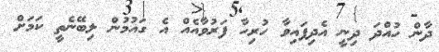
ދާން ހުއްދަ ދިނީ އެދިފައިވާ ހުރިހާ ފަރުވާއެއް އެ ގައުމުން ލިބޭނެތީ ކަމަށް